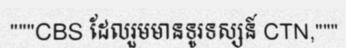
"""CBS ដែលរួមមានទូរទស្សន៍ CTN,"""